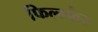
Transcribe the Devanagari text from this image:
फिल्म्फैर